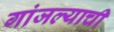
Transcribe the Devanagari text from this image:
गांजल्याची